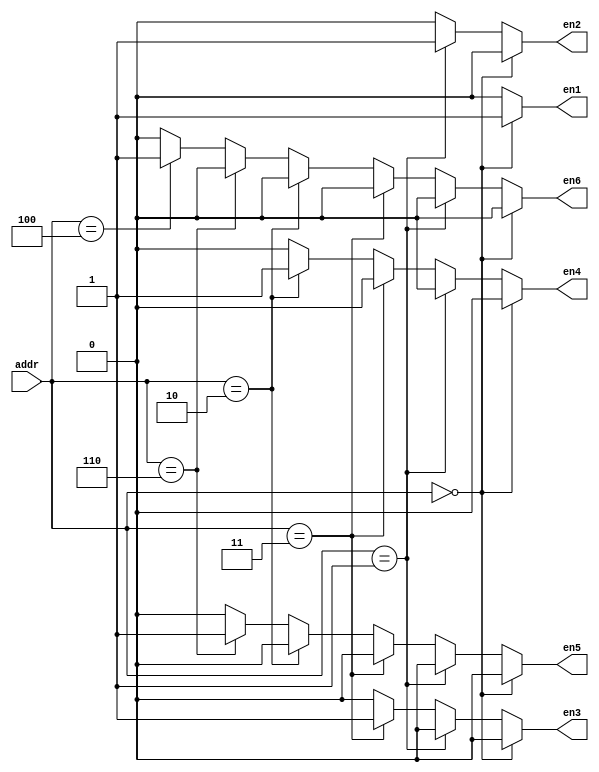

////////////////////////////////////////////////////////////////////////////////
// Company: 
// Engineer:
//
// Design Name:    
// Module Name:    decoder6
// Project Name:   
// Target Device:  
// Tool versions:  
// Description:
//
// Dependencies:
// 
// Revision:
// Revision 0.01 - File Created
// Additional Comments:
// 
////////////////////////////////////////////////////////////////////////////////
module decoder6(addr, en1, en2, en3, en4, en5, en6);
    input [2:0] addr;
    output en1;
    output en2;
    output en3;
    output en4;
    output en5;
    output en6;

	 reg en1, en2, en3, en4, en5, en6 ;

	 always @ (addr)
	 begin
	 		if (addr == 3'b 000)
			begin
					en1 <= 1'b 1 ; en2 <= 1'b 0 ; en3 <= 1'b 0 ;
					en4 <= 1'b 0 ; en5 <= 1'b 0 ; en6 <= 1'b 0 ;
			end

			else if (addr == 3'b 001)
			begin
					en1 <= 1'b 0 ; en2 <= 1'b 1 ; en3 <= 1'b 0 ;
					en4 <= 1'b 0 ; en5 <= 1'b 0 ; en6 <= 1'b 0 ;
			end

			else if (addr == 3'b 011)
			begin
					en1 <= 1'b 0 ; en2 <= 1'b 0 ; en3 <= 1'b 1 ;
					en4 <= 1'b 0 ; en5 <= 1'b 0 ; en6 <= 1'b 0 ;
			end

			else if (addr == 3'b 010)
			begin
					en1 <= 1'b 0 ; en2 <= 1'b 0 ; en3 <= 1'b 0 ;
					en4 <= 1'b 1 ; en5 <= 1'b 0 ; en6 <= 1'b 0 ;
			end

			else if (addr == 3'b 110)
			begin
					en1 <= 1'b 0 ; en2 <= 1'b 0 ; en3 <= 1'b 0 ;
					en4 <= 1'b 0 ; en5 <= 1'b 1 ; en6 <= 1'b 0 ;
			end

			else if (addr == 3'b 100)
			begin
					en1 <= 1'b 0 ; en2 <= 1'b 0 ; en3 <= 1'b 0 ;
					en4 <= 1'b 0 ; en5 <= 1'b 0 ; en6 <= 1'b 1 ;
			end

			else
			begin						
					en1 <= 1'b 0 ; en2 <= 1'b 0 ; en3 <= 1'b 0 ;
					en4 <= 1'b 0 ; en5 <= 1'b 0 ; en6 <= 1'b 0 ;
			end
	end


endmodule